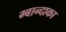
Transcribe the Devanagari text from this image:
म्बान्दाका